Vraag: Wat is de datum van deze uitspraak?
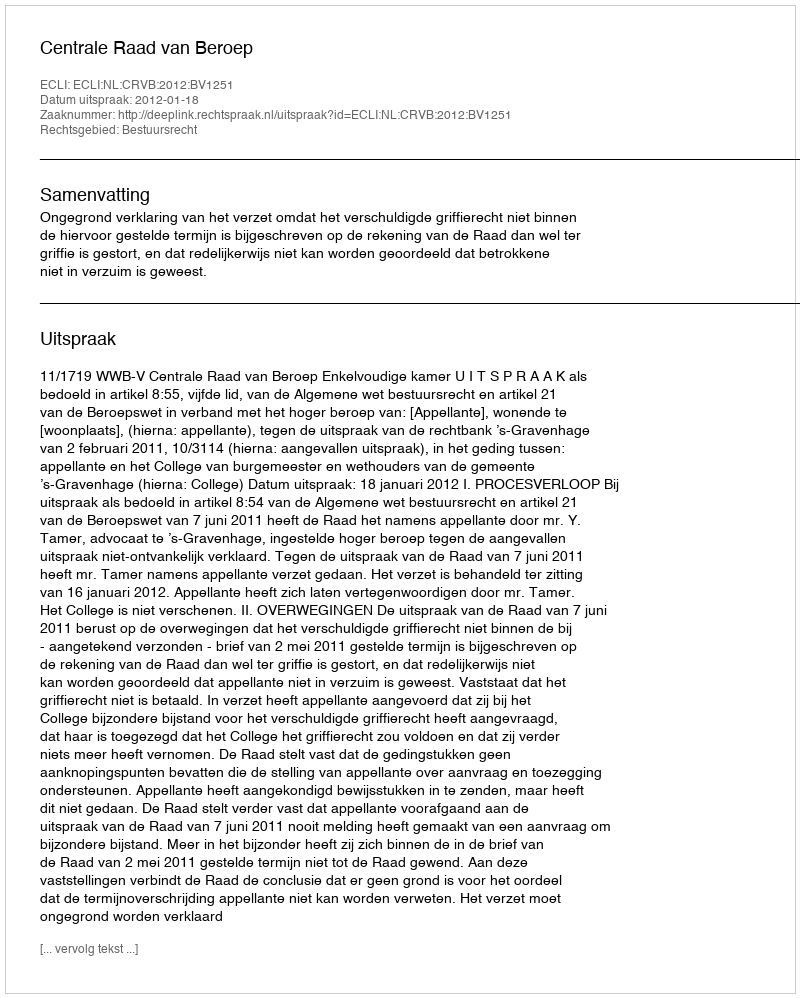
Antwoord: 2012-01-18